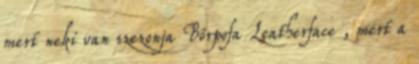
mert neki van szezonja Bőrpofa Leatherface , mert a